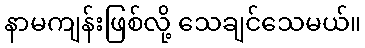
နာမကျန်းဖြစ်လို့ သေချင်သေမယ်။